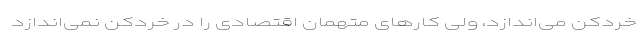
خردکن می‌اندازد، ولی کارهای متهمان اقتصادی را در خردکن نمی‌اندازد